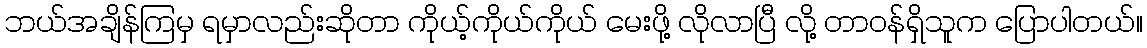
ဘယ်အချိန်ကြမှ ရမှာလည်းဆိုတာ ကိုယ့်ကိုယ်ကိုယ် မေးဖို့ လိုလာပြီ လို့ တာဝန်ရှိသူက ပြောပါတယ်။